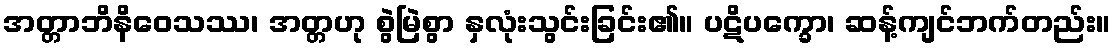
အတ္တာဘိနိဝေသဿ၊ အတ္တဟု စွဲမြဲစွာ နှလုံးသွင်းခြင်း၏။ ပဋိပက္ခော၊ ဆန့်ကျင်ဘက်တည်း။